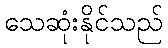
သေဆုံးနိုင်သည်